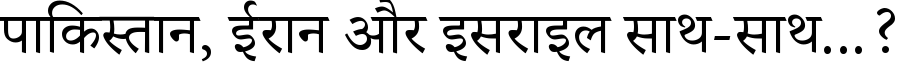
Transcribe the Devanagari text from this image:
पाकिस्तान, ईरान और इसराइल साथ-साथ...?